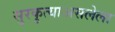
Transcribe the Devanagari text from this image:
सुरकुत्याअसलेला